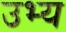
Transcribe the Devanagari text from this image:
उभ्य